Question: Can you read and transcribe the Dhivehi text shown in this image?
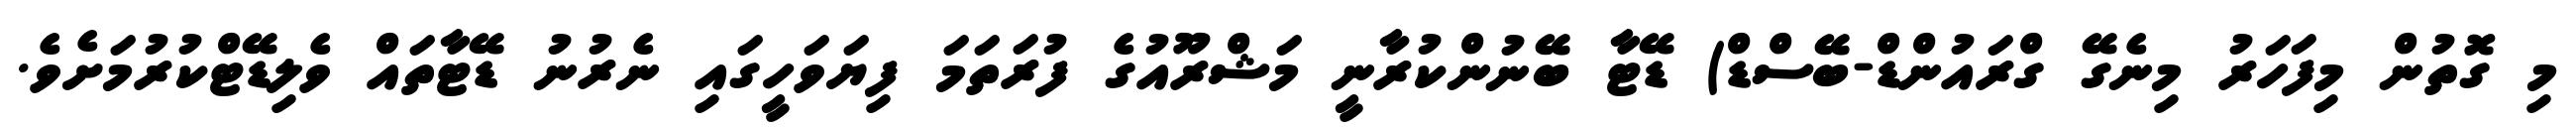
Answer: މި ގޮތުން މިފަހަރު މިނެގޭ ގްރައުންޑް-ބޭސްޑް) ޑޭޓާ ބޭނުންކުރާނީ މަޝްރޫއުގެ ފުރަތަމަ ފިޔަވަހީގައި ނެރުނު ޑޭޓާތައް ވެލިޑޭޓްކުރުމަށެވެ.